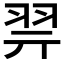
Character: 𰭞